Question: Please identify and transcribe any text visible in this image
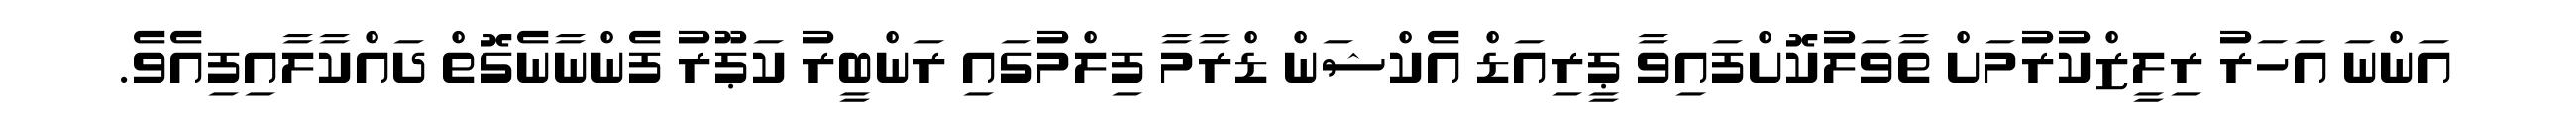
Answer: އަންނަ އަހަރު ރިލީޒްކުރުމަށް ތާވަލުކޮށްފައިވާ ޕީރިއަޑް އެކްޝަން ޑްރާމާ ފިލްމުގައި ރަންބީރު ކަޕޫރު ފެންނާނެގޮތް ދައްކާލާއިފިއެވެ.